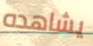
يشاهده